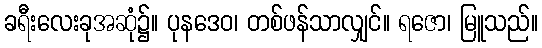
ခရီးလေးခုအဆုံ၌။ ပုနဒေဝ၊ တစ်ဖန်သာလျှင်။ ရဇော၊ မြူသည်။